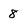
Character: 8